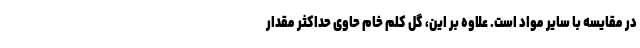
در مقایسه با سایر مواد است. علاوه بر این، گل کلم خام حاوی حداکثر مقدار